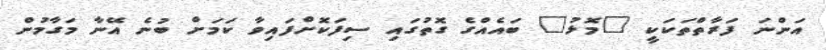
އަންނަ ފަރާތްތަކަކީ "މޮޅު" ބައެއްގެ ގޮތުގައި ސިފަކޮށްފައިވާ ކަމަށް ބުނެ އޭނާ މަގާމުން